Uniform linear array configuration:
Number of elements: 12
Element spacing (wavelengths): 0.25
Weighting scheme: kaiser
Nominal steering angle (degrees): -60
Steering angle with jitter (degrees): -59.048
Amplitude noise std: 0.05
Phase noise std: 0.05

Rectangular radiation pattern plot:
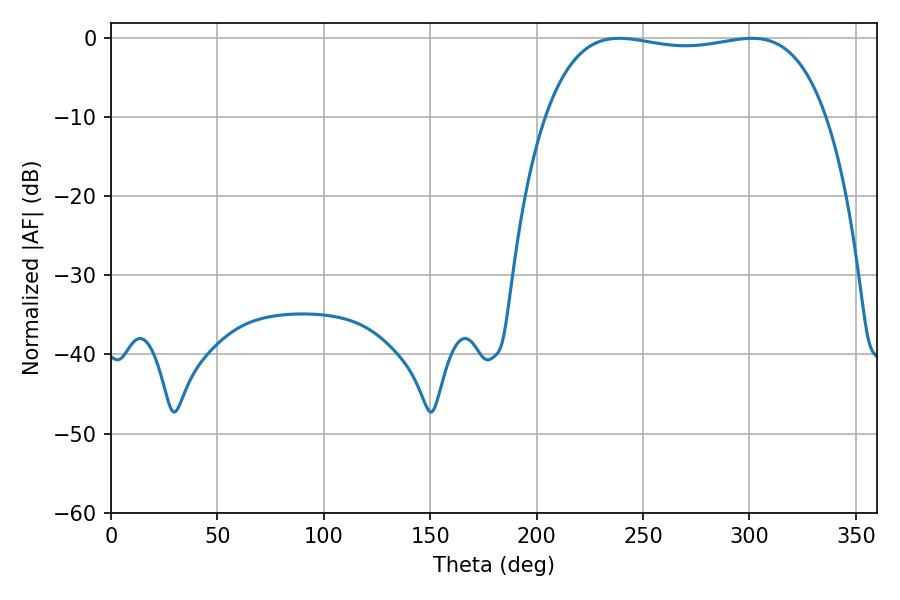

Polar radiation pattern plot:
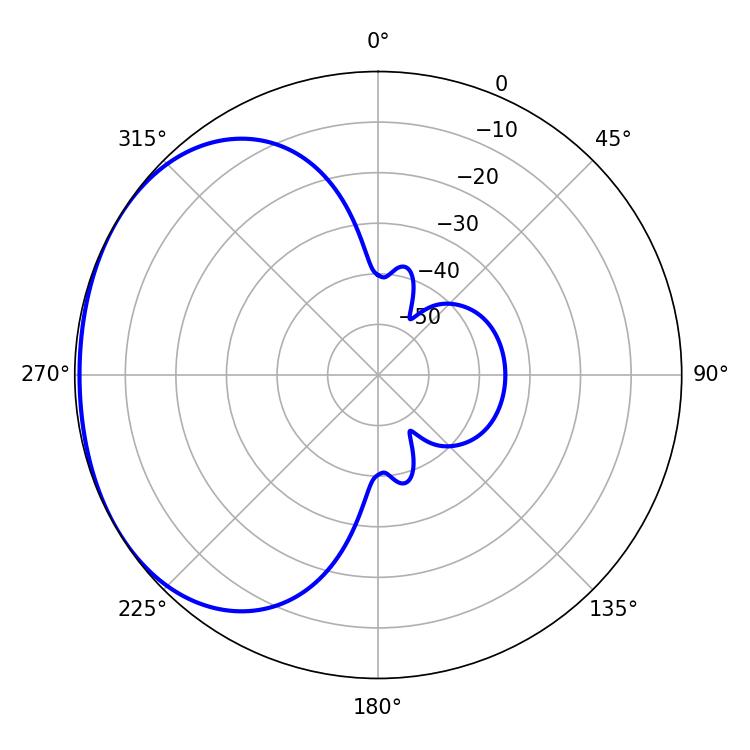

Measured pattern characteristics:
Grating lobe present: FALSE
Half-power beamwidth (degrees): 105.84
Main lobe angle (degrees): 238.86